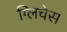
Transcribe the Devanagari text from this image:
ग्लिचेस